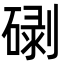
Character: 䃗